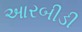
આરબીડી